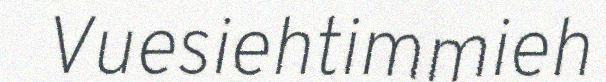
Vuesiehtimmieh